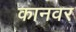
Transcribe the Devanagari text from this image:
कानवर